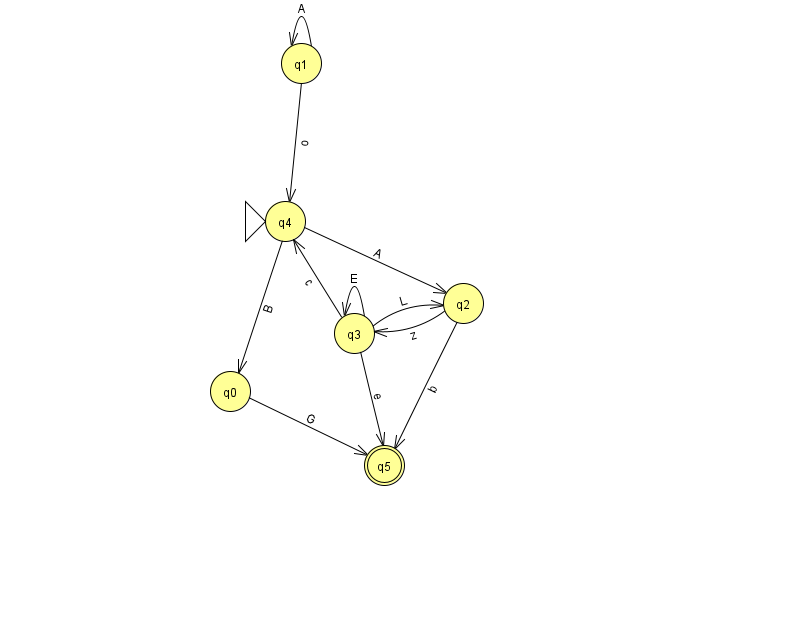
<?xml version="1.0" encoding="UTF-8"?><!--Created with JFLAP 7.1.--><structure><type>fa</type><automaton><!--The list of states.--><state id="0" name="q0"><x>230.0</x><y>378.0</y></state><state id="1" name="q1"><x>301.0</x><y>50.0</y></state><state id="2" name="q2"><x>463.0</x><y>290.0</y></state><state id="3" name="q3"><x>354.0</x><y>320.0</y></state><state id="4" name="q4"><x>285.0</x><y>208.0</y><initial/></state><state id="5" name="q5"><x>384.0</x><y>452.0</y><final/></state><!--The list of transitions.--><transition><from>1</from><to>4</to><read>o</read></transition><transition><from>4</from><to>2</to><read>A</read></transition><transition><from>1</from><to>1</to><read>A</read></transition><transition><from>3</from><to>2</to><read>L</read></transition><transition><from>2</from><to>5</to><read>b</read></transition><transition><from>2</from><to>3</to><read>z</read></transition><transition><from>3</from><to>3</to><read>E</read></transition><transition><from>0</from><to>5</to><read>G</read></transition><transition><from>4</from><to>0</to><read>B</read></transition><transition><from>3</from><to>5</to><read>e</read></transition><transition><from>3</from><to>4</to><read>c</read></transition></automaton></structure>